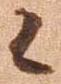
々